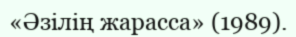
«Әзілің жарасса» (1989).